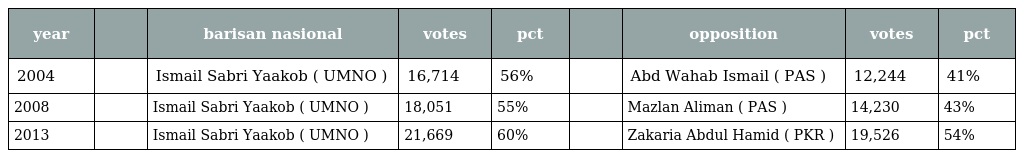
| year |  | barisan nasional | votes | pct |  | opposition | votes | pct |
 | --- | --- | --- | --- | --- | --- | --- | --- | --- |
 | 2004 |  | Ismail Sabri Yaakob ( UMNO ) | 16,714 | 56% |  | Abd Wahab Ismail ( PAS ) | 12,244 | 41% |
 | 2008 |  | Ismail Sabri Yaakob ( UMNO ) | 18,051 | 55% |  | Mazlan Aliman ( PAS ) | 14,230 | 43% |
 | 2013 |  | Ismail Sabri Yaakob ( UMNO ) | 21,669 | 60% |  | Zakaria Abdul Hamid ( PKR ) | 19,526 | 54% |